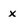
Character: x